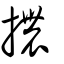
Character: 擃